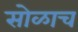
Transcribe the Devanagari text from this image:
सोळाच